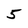
Character: 5